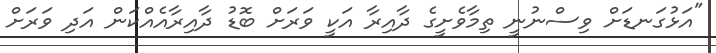
"އަޅުގަނޑަށް ވިސްނުނީ ތިމާވެށީގެ ދާއިރާ އަކީ ވަރަށް ބޮޑު ދާއިރާއެއްކަން އަދި ވަރަށް